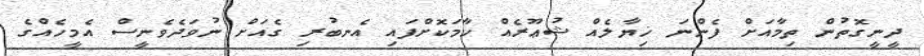
ދީނީގޮތުން ތިމާއަށް ފެންނަ ޚިޔާލެއް ޝުޢޫރެއް ހާމަކޮށްފައި އެނބުރި ގެއަށް ނުވަދެވެނީސް އެމީހެއްގެ